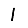
Digit: 1